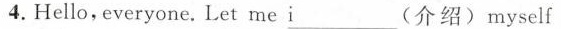
4.Hello, everyone. Let me \underline{i}___(介绍)myself